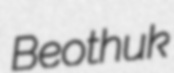
Beothuk